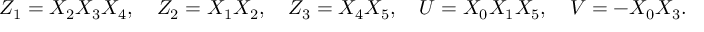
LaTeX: Z _ { 1 } = X _ { 2 } X _ { 3 } X _ { 4 } , \quad Z _ { 2 } = X _ { 1 } X _ { 2 } , \quad Z _ { 3 } = X _ { 4 } X _ { 5 } , \quad U = X _ { 0 } X _ { 1 } X _ { 5 } , \quad V = - X _ { 0 } X _ { 3 } .